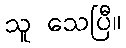
သူ သေပြီ။